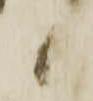
候